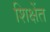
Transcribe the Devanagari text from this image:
शिक्षेंत